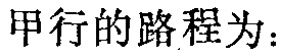
甲行的路程为：